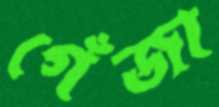
গেঁজা